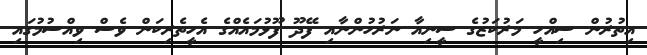
އިތުރުން ސިއްހީ މަރުކަޒުގެ ސީނިއާ ނަރުހުންނާއި ފޭދޫ ފޫޅުމައެއްގެ އެހީތެރިކަން ވެސް ވިއްސުމުގައި